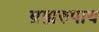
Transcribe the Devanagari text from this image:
ब्रह्मरुपाय